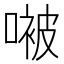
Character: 𫫢